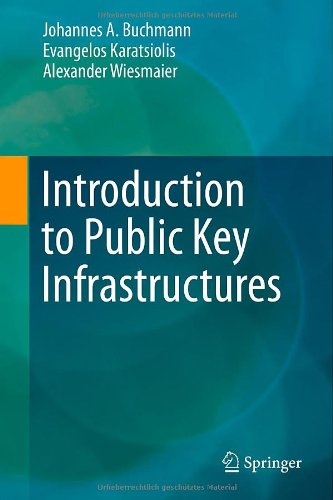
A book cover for Introduction to Public Key Infrastructures; Johannes A. Buchmann; Computers & Technology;